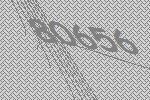
80656